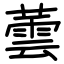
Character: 蕓